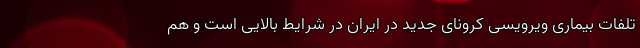
تلفات بیماری ویرویسی کرونای جدید در ایران در شرایط بالایی است و هم